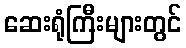
ဆေးရုံကြီးများတွင်